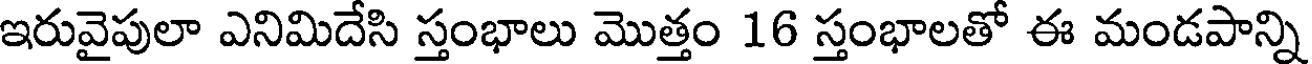
ఇరువైపులా ఎనిమిదేసి స్తంభాలు మొత్తం 16 స్తంభాలతో ఈ మండపాన్ని